Lunatic asylums Punjab 1895-1910 - 1895-1910
Year: 1895
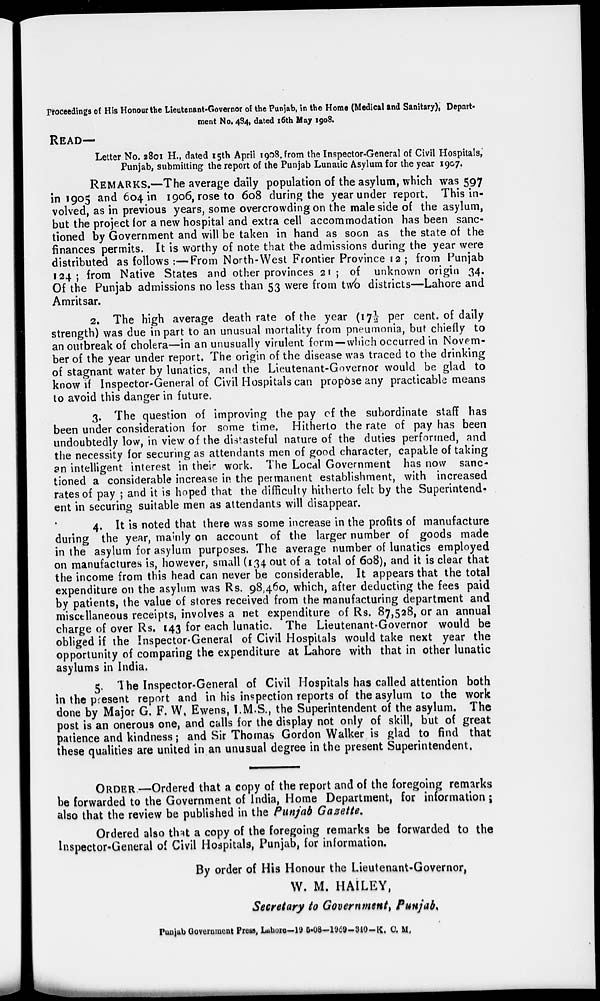
Proceedings of His Honour the Lieutenant-Governor of the Punjab, in the Home (Medical and Sanitary), Depart-
ment No. 484, dated 16th May 1908.
READ—
Letter No. 2801 H., dated 15th April 1908, from the Inspector-General of Civil Hospitals,
Punjab, submitting the report of the Punjab Lunatic Asylum for the year 1907.
REMARKS.—The average daily population of the asylum, which was 597
in 1905 and 604 in 1906, rose to 608 during the year under report. This in-
volved, as in previous years, some overcrowding on the male side of the asylum,
but the project for a new hospital and extra cell accommodation has been sanc-
tioned by Government and will be taken in hand as soon as the state of the
finances permits. It is worthy of note that the admissions during the year were
distributed as follows :—From North-West Frontier Province 12 ; from Punjab
124; from Native States and other provinces 21 ; of unknown origin 34.
Of the Punjab admissions no less than 53 were from two districts—Lahore and
Amritsar.
2. The high average death rate of the year (17½ per cent. of daily
strength) was due in part to an unusual mortality from pneumonia, but chiefly to
an outbreak of cholera—in an unusually virulent form—which occurred in Novem-
ber of the year under report. The origin of the disease was traced to the drinking
of stagnant water by lunatics, and the Lieutenant-Governor would be glad to
know if Inspector-General of Civil Hospitals can propose any practicable means
to avoid this danger in future.
3. The question of improving the pay of the subordinate staff has
been under consideration for some time. Hitherto the rate of pay has been
undoubtedly low, in view of the distasteful nature of the duties performed, and
the necessity for securing as attendants men of good character, capable of taking
an intelligent interest in their work. The Local Government has now sanc-
tioned a considerable increase in the permanent establishment, with increased
rates of pay ; and it is hoped that the difficulty hitherto felt by the Superintend-
ent in securing suitable men as attendants will disappear.
4. It is noted that there was some increase in the profits of manufacture
during the year, mainly on account of the larger number of goods made
in the asylum for asylum purposes. The average number of lunatics employed
on manufactures is, however, small (134 out of a total of 608), and it is clear that
the income from this head can never be considerable. It appears that the total
expenditure on the asylum was Rs. 98,460, which, after deducting the fees paid
by patients, the value of stores received from the manufacturing department and
miscellaneous receipts, involves a net expenditure of Rs. 87,528, or an annual
charge of over Rs. 143 for each lunatic. The Lieutenant-Governor would be
obliged if the Inspector-General of Civil Hospitals would take next year the
opportunity of comparing the expenditure at Lahore with that in other lunatic
asylums in India.
5. The Inspector-General of Civil Hospitals has called attention both
in the present report and in his inspection reports of the asylum to the work
done by Major G. F. W, Ewens, I.M.S., the Superintendent of the asylum. The
post is an onerous one, and calls for the display not only of skill, but of great
patience and kindness; and Sir Thomas Gordon Walker is glad to find that
these qualities are united in an unusual degree in the present Superintendent,
ORDER.—Ordered that a copy of the report and of the foregoing remarks
be forwarded to the Government of India, Home Department, for information ;
also that the review be published in the Punjab Gazette.
Ordered also that a copy of the foregoing remarks be forwarded to the
Inspector-General of Civil Hospitals, Punjab, for information.
By order of His Honour the Lieutenant-Governor,
W. M. HAILEY,
Secretary to Government, Punjab.
Punjab Government Press, Lahore—19 5-08-1969-340-K. C. M.